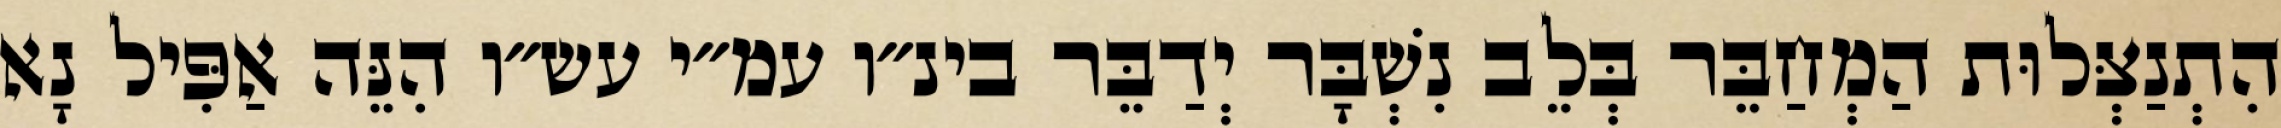
הִתְנַצְּלוּת הַמְחַבֵּר בְּלֵב נִשְׁבָּר יְדַבֵּר בינ״ו עמ״י עש״ו הִנֵּה אַפִּיל נָא